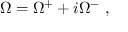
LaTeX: \Omega = \Omega ^ { + } + i \Omega ^ { - } \ ,